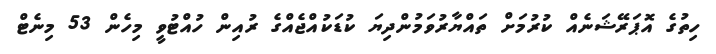
ހިތުގެ އޮޕަރޭޝަނެއް ކުރުމަށް ތައްޔާރުވަމުންދިޔަ ކުޑަކުއްޖެއްގެ ރުއިން ހުއްޓުވީ މިހެން 53 މިނެޓް